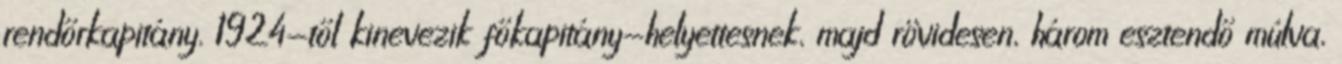
rendőrkapitány. 1924-től kinevezik főkapitány-helyettesnek, majd rövidesen, három esztendő múlva,